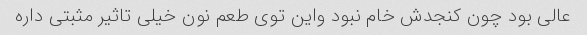
عالی بود چون کنجدش خام نبود واین توی طعم نون خیلی تاثیر مثبتی داره